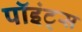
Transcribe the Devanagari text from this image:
पॉइंट्‌स